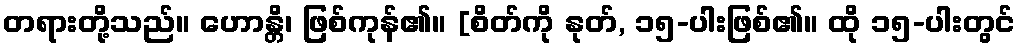
တရားတို့သည်။ ဟောန္တိ၊ ဖြစ်ကုန်၏။ [စိတ်ကို နုတ်, ၁၅-ပါးဖြစ်၏။ ထို ၁၅-ပါးတွင်